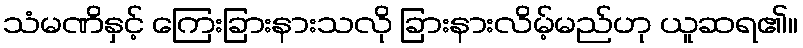
သံမဏိနှင့် ကြေးခြားနားသလို ခြားနားလိမ့်မည်ဟု ယူဆရ၏။